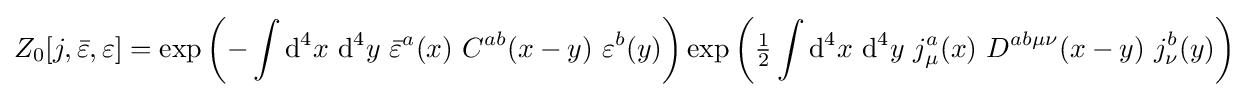
Z_{0}[j,{\bar {\varepsilon }},\varepsilon ]=\exp \left(-\int \mathrm {d} ^{4}x\ \mathrm {d} ^{4}y\ {\bar {\varepsilon }}^{a}(x)\ C^{ab}(x-y)\ \varepsilon ^{b}(y)\right)\exp \left({\tfrac {1}{2}}\int \mathrm {d} ^{4}x\ \mathrm {d} ^{4}y\ j_{\mu }^{a}(x)\ D^{ab\mu \nu }(x-y)\ j_{\nu }^{b}(y)\right)\